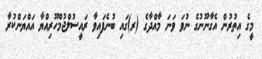
މީގެ އިތުރުން އެގާނޫނުގެ ނުވަ ވަނަ މާއްދާގެ (ރ)ގައި ބުނެފައިވާ ރައީސުލްޖުމްހޫރިއްޔާ އައްޔަންކުރާ